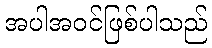
အပါအဝင်ဖြစ်ပါသည်